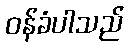
ဝန်ခံပါသည်